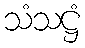
သံသဋ္ဌံ